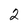
Character: 2